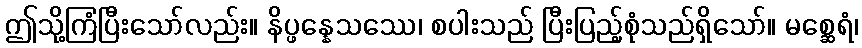
ဤသို့ကြံပြီးသော်လည်း။ နိပ္ဖန္နေသဿေ၊ စပါးသည် ပြီးပြည့်စုံသည်ရှိသော်။ မစ္ဆေရံ၊